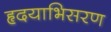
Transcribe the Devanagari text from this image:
हृदयाभिसरण